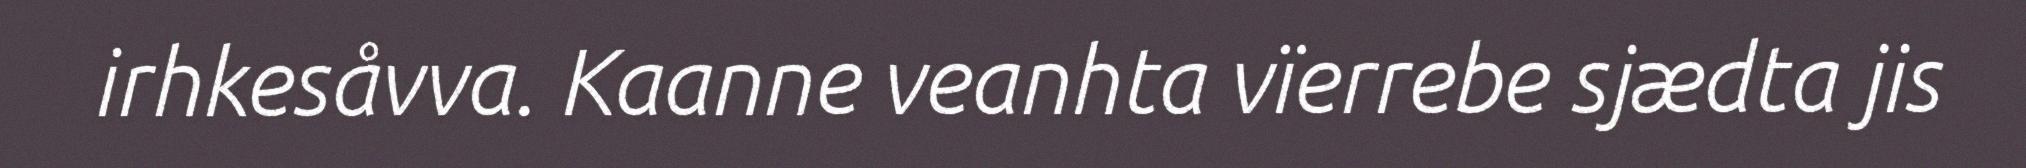
irhkesåvva. Kaanne veanhta vïerrebe sjædta jis